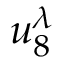
u _ { 8 } ^ { \lambda }